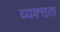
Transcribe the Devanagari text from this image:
व्यक्त्तता